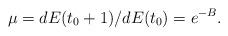
LaTeX: \begin{align*}\mu=dE(t_0+1)/dE(t_0)=e^{-B}.\end{align*}